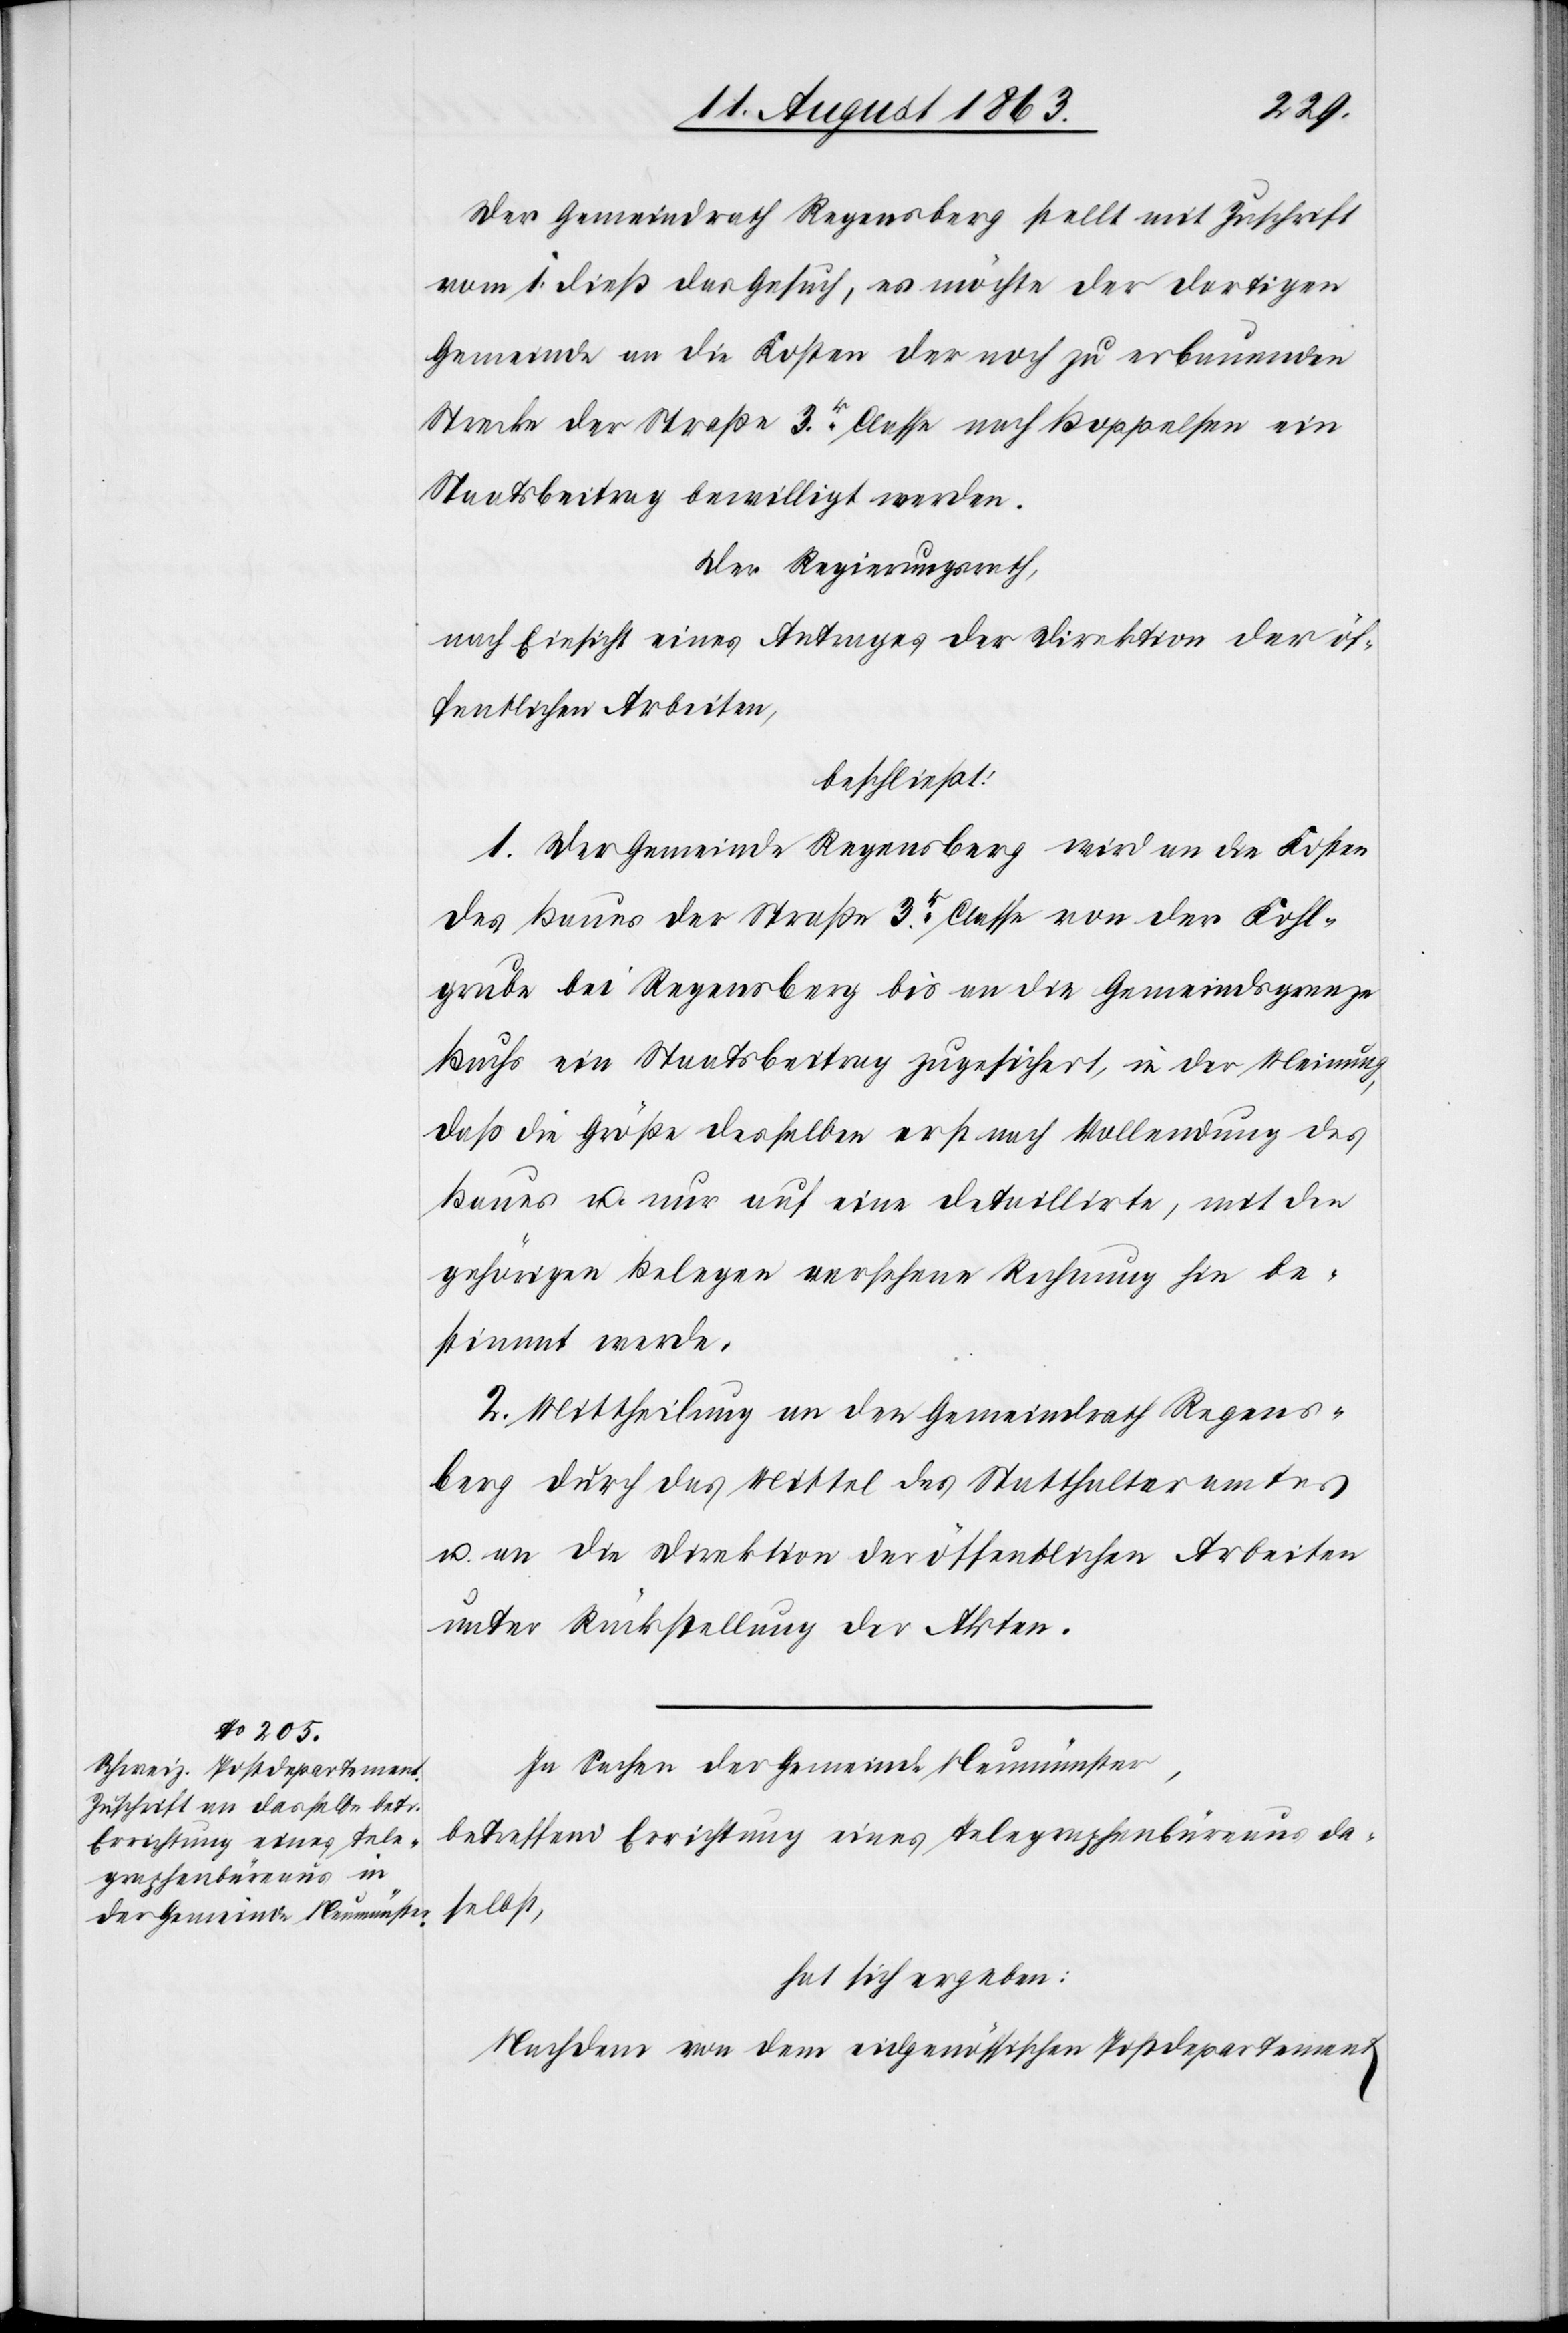
Der Gemeindrath Regensberg stellt mit Zuschrift
vom 1. dieß das Gesuch, es möchte der dortigen
Gemeinde an die Kosten der noch zu erbauenden
Strecke der Straße 3r. Classe nach Boppelsen ein
Staatsbeitrag bewilligt werden.
Der Regierungsrath,
nach Einsicht eines Antrages der Direktion der öf¬
fentlichen Arbeiten,
beschließt:
1. Der Gemeinde Regensberg wird an die Kosten
des Baues der Straße 3r Classe von der Kohl¬
grube bei Regensberg bis an die Gemeindsgrenze
Buchs ein Staatsbeitrag zugesichert, in der Meinung,
daß die Größe desselben erst nach Vollendung des
Baues u. nur auf eine detaillirte, mit den
gehörigen Belegen versehene Rechnung hin be¬
stimmt werde.
2. Mittheilung an den Gemeindrath Regens¬
berg durch das Mittel des Statthalteramtes
u. an die Direktion der öffentlichen Arbeiten
unter Rückstellung der Akten.
In Sachen der Gemeinde Neumünster,
betreffend Errichtung eines Telegraphenbüreaus da¬
selbst,
hat sich ergeben:
Nachdem von dem eidgenössischen Postdepartement